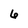
Character: 6